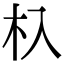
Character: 杁